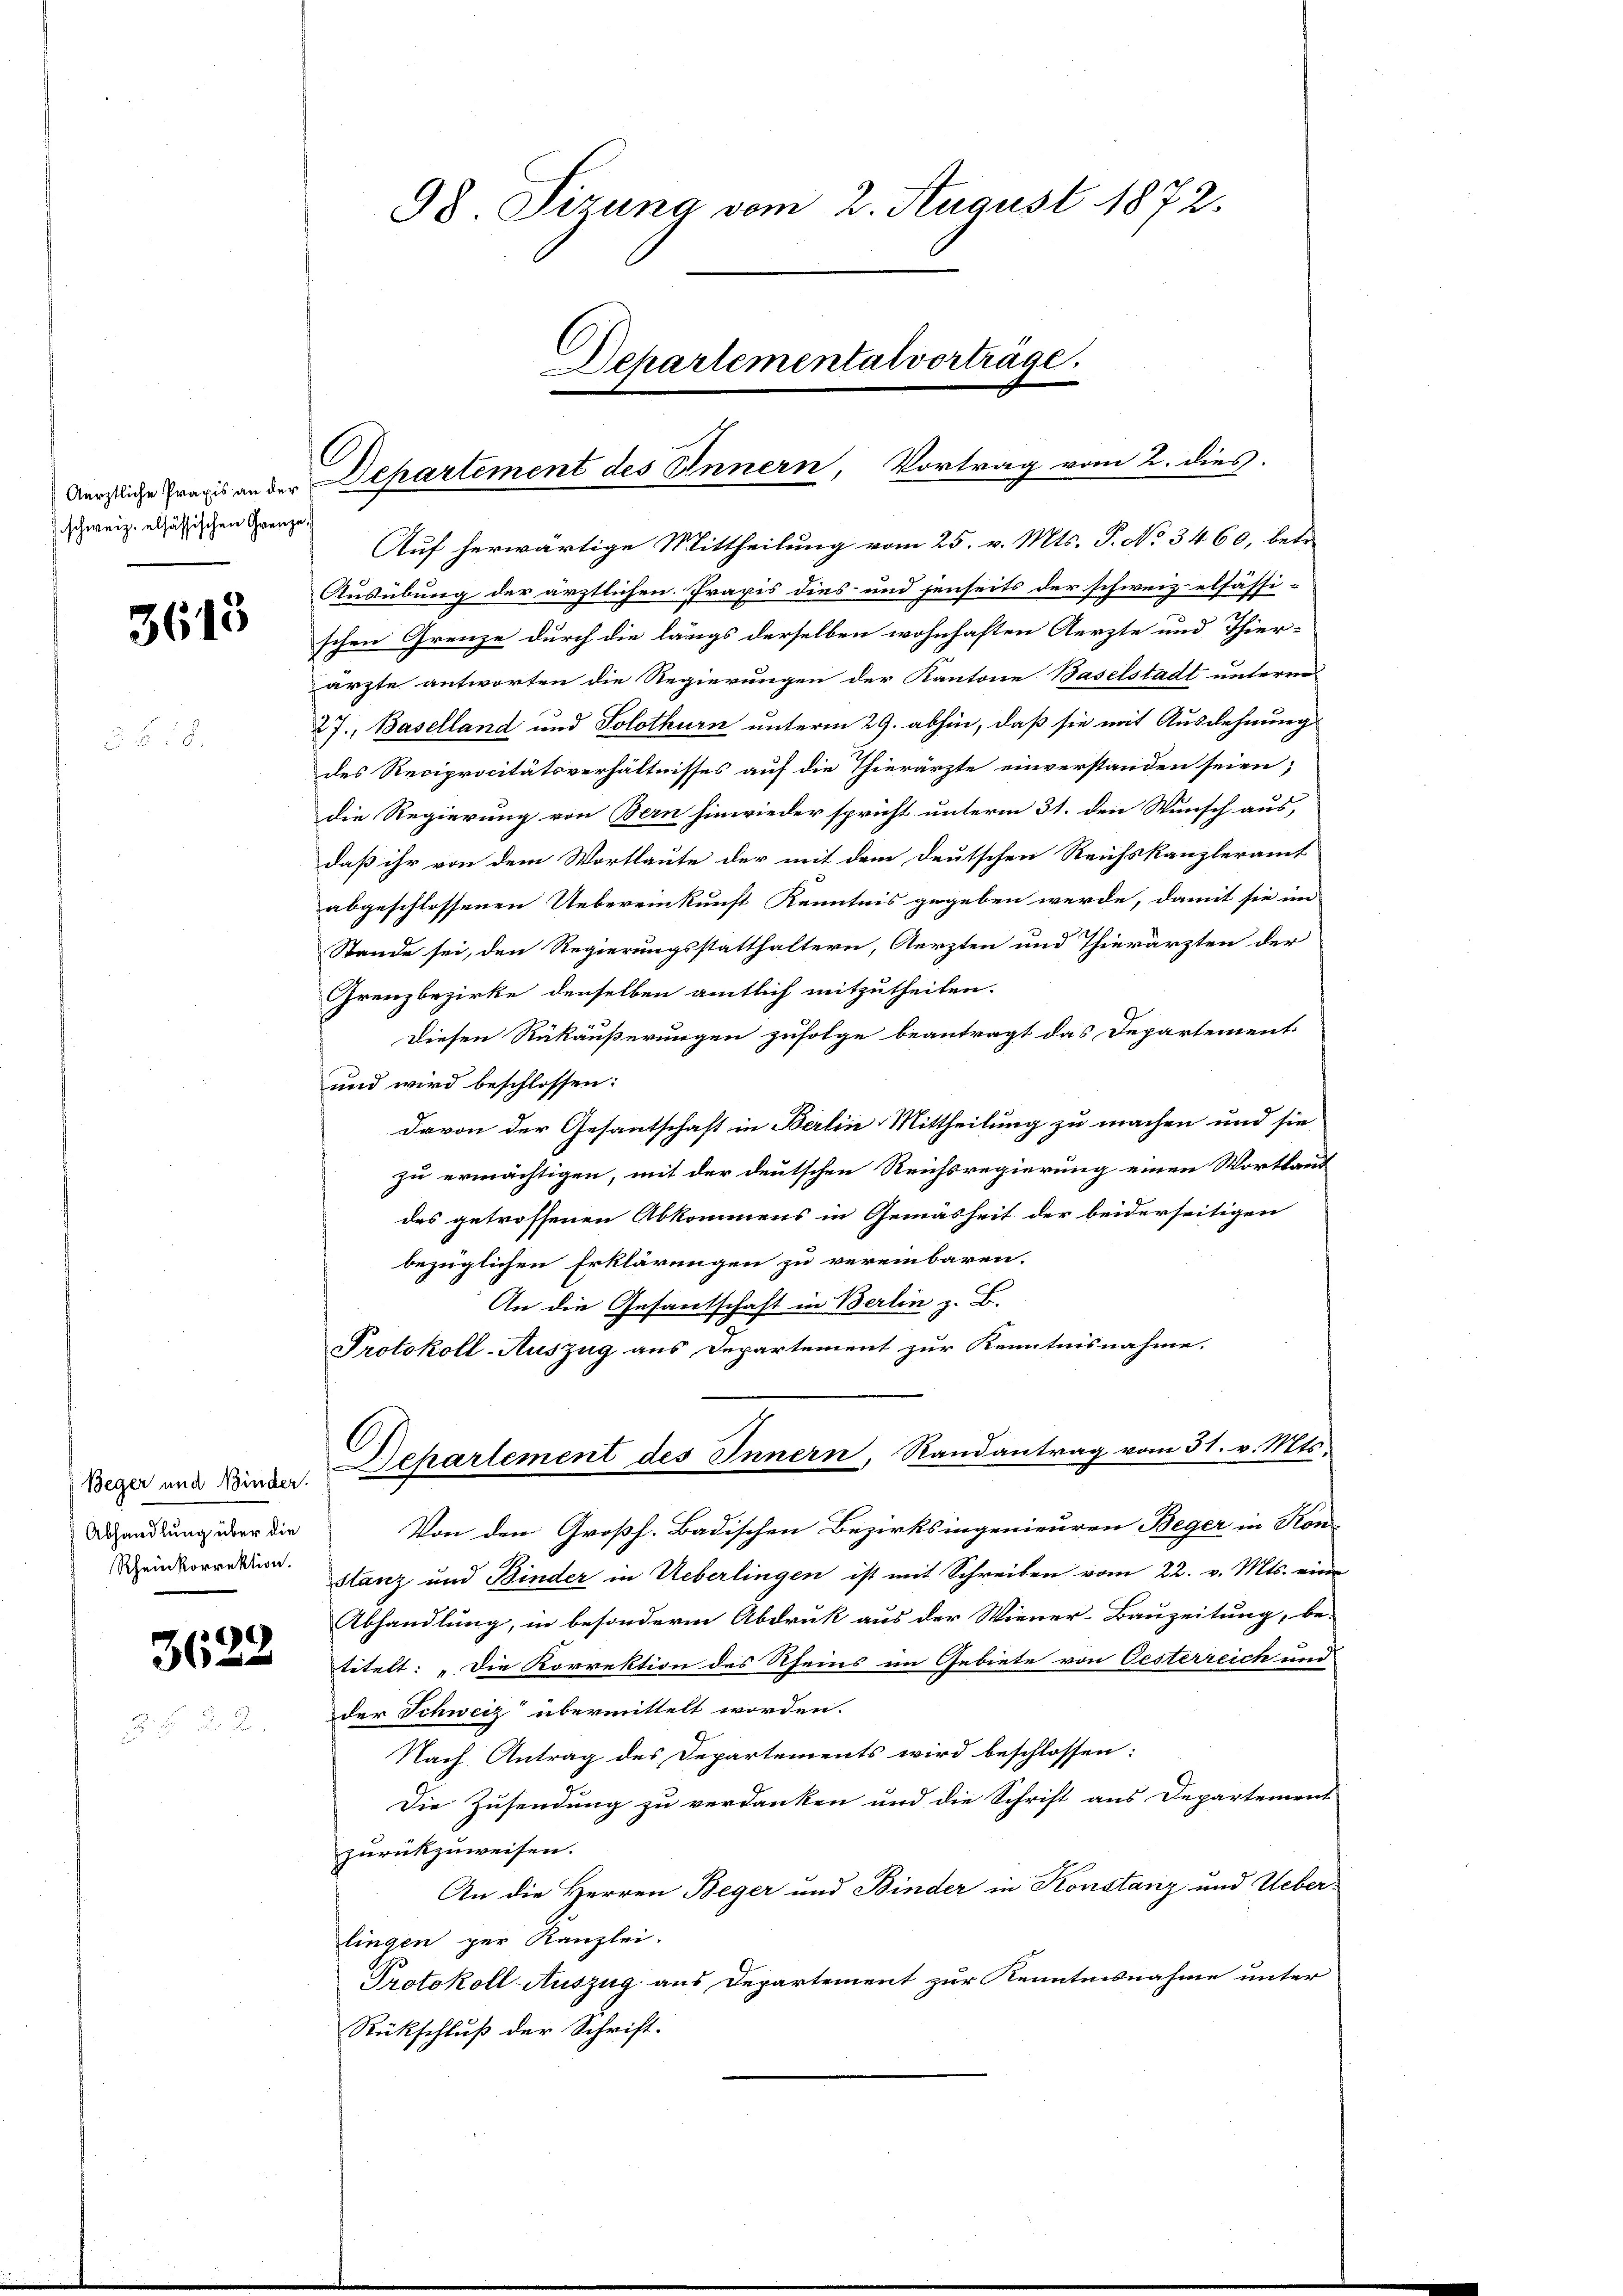
Aerztliche Praxis an der
schweiz. elsässischen Grenze,

3615

Beger und Binder.
Abhandlung über die
Rheinkorrektion.

3622

98 Siruna vom 2. August 1872.
Departementat vortrage.

Dehartement des Innern, Vortrag vom 2. dies

Auf herwärtige Mittheilung vom 25. v. Mts. P. No 3460, betr.
Ausübung der ärztlichen Praxis dies und jenseits der schweiz. elsässi-
schen Grenze durch die längs derselben wohnhaften Aerzte und Thier-
ärzte antworten die Regierungen der Kantone Baselstadt unterm
27., Baselland und Solothurn unterm 29. abhin, daß sie mit Ausdehnung
des Reciprocitätsverhältnisses auf die Thierärzte einverstanden seien;
die Regierung von Bern hinwieder spricht unterm 31. den Wunsch aus,
daß ihr von dem Wortlaute der mit dem deutschen Reichskanzleramt
abgeschlossenen Uebereinkunft Kenntnis gegeben werde, damit sie ein
Stande sei, den Regierungsstatthaltern, Aerzten und Thierärzten der
Grenzbezirke denselben amtlich mitzutheilen.
Diesen Rükäußerungen zufolge beantragt das Departement
und wird beschlossen:
davon der Gesantschaft in Berlin Mittheilung zu machen und sie
zu ermächtigen, mit der deutschen Reichsregierung einen Wortlau
des getroffenen Abkommens in Gemäsheit der beiderseitigen
bezüglichen Erklärungen zu vereinbaren.
An die Gesantschaft in Berlin z. B.
Protokoll-Auszug aus Departement zur Kenntnisnahme.
Dehartement des Innern, Randantrag vom 31. v. Mts.
Von den Großh. Badischen Bezirksingenieuren Beger in Kon-
stanz und Binder in Ueberlingen ist mit Schreiben vom 22. v. Mts. eine
Abhandlung, in besondern Abdruk aus der Wiener-Bauzeitung, be-
titelt: „Die Korrektion des Rheins im Gebiete von Oesterreich und
der Schweiz übermittelt worden.
Nach Antrag des Departements wird beschlossen:
Die Zusendung zu verdanken und die Schrift aus Departement
zurückzuweisen.
An die Herren Beger und Binder in Konstanz und Ueber-
lingen per Kanzlei.
Protokoll-Auszug aus Departement zur Kenntnisnahme unter
Rückschluß der Schrift.